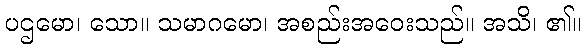
ပဌမော၊ သော။ သမာဂမော၊ အစည်းအဝေးသည်။ အသိ၊ ၏။